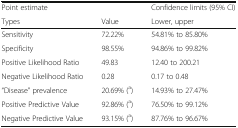
| Point estimate |  | Confidence limits (95% CI) |
 | Types | Value | Lower, upper |
 | --- | --- | --- |
 | Sensitivity | 72.22% | 54.81% to 85.80% |
 | Specificity | 98.55% | 94.86% to 99.82% |
 | Positive Likelihood Ratio | 49.83 | 12.40 to 200.21 |
 | Negative Likelihood Ratio | 0.28 | 0.17 to 0.48 |
 | “Disease” prevalence | 20.69% (a) | 14.93% to 27.47% |
 | Positive Predictive Value | 92.86% (a) | 76.50% to 99.12% |
 | Negative Predictive Value | 93.15% (a) | 87.76% to 96.67% |